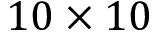
1 0 \times 1 0